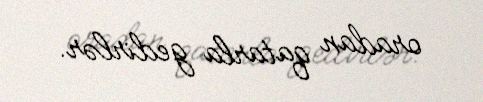
oradan qatarla gedirlər.